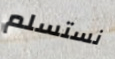
نستسلم